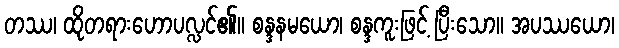
တဿ၊ ထိုတရားဟောပလ္လင်၏။ စန္ဒနမယော၊ စန္ဒကူးဖြင့် ပြီးသော။ အပဿယော၊